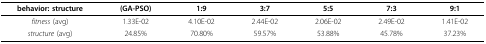
<table><thead><tr><td><b>behavior: structure</b></td><td><b>(GA-PSO)</b></td><td><b>1:9</b></td><td><b>3:7</b></td><td><b>5:5</b></td><td><b>7:3</b></td><td><b>9:1</b></td></tr></thead><tbody><tr><td><i>fitness </i>(avg)</td><td>1.33E-02</td><td>4.10E-02</td><td>2.44E-02</td><td>2.06E-02</td><td>2.49E-02</td><td>1.41E-02</td></tr><tr><td><i>structure </i>(avg)</td><td>24.85%</td><td>70.80%</td><td>59.57%</td><td>53.88%</td><td>45.78%</td><td>37.23%</td></tr></tbody></table>